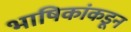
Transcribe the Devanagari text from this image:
भाषिकांकडून